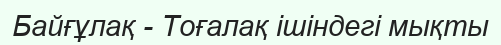
Байғұлақ - Тоғалақ ішіндегі мықты